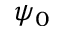
\psi _ { 0 }